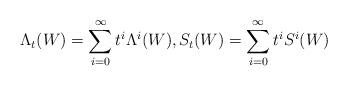
LaTeX: \begin{align*}\Lambda_t(W)=\sum_{i=0}^{\infty} t^i\Lambda^i(W),S_t(W)=\sum_{i=0}^{\infty} t^i S^i(W)\end{align*}